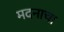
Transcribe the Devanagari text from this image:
मदनाचा